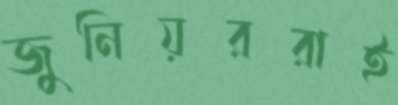
জুনিয়ররাই